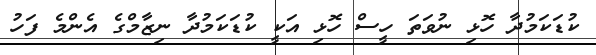
ކުޑަކަމުދާ ހޮޅި ނުވަތަ ހީސް ހޮޅި އަކީ ކުޑަކަމުދާ ނިޒާމްގެ އެންމެ ފަހު